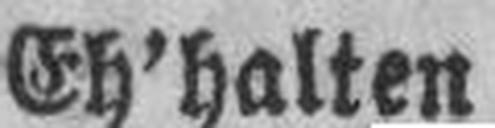
Eh’halten